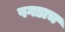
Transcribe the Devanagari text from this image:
पगडाच